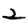
Digit: 2